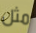
مثل